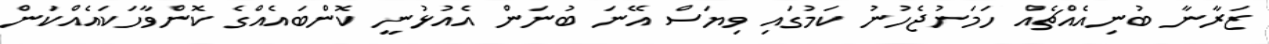
ޒަރާނާ ބުނިއެއްޗެއް ހަމަނުޖެހުނު ކަމުގައި ވިޔަސް އޭނަ ބުނަން އެއުޅުނީ ކޮންބައެއްގެ ކޮންވާހަކައެއްކަން